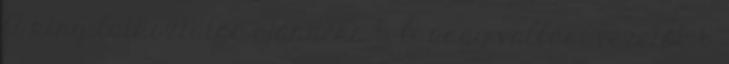
A kinyilatkoztatás ajándéka 5. A nagy vallási vezetők 6.